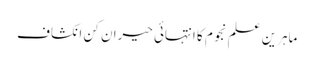
ماہرین علم نجوم کا انتہائی حیران کن انکشاف